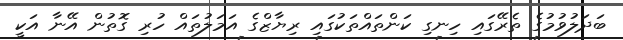
ބަދަލުވުމުގެ ތެރޭގައި ހިނގި ކަންތައްތަކުގައި ރިޔާޒްގެ އަމަލުތައް ހުރި ގޮތުން އޭނާ އަކީ